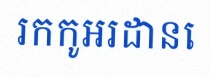
រកកូអរដោនេ